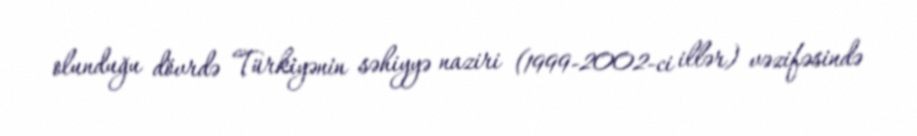
olunduğu dövrdə Türkiyənin səhiyyə naziri (1999-2002-ci illər) vəzifəsində